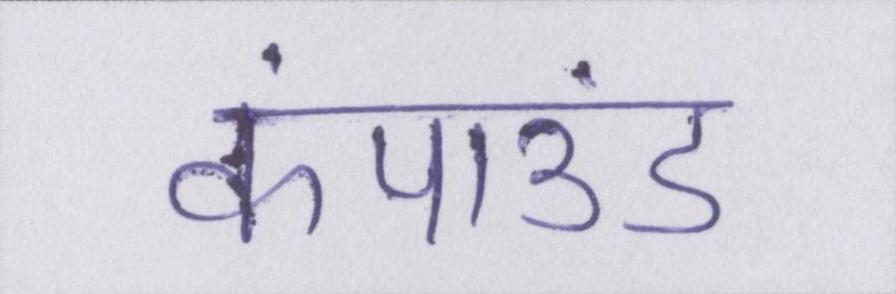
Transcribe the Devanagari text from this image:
कंपाउंड